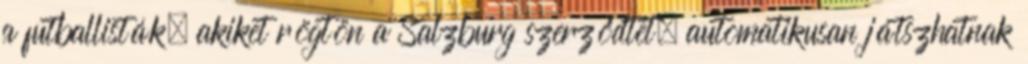
a futballisták, akiket rögtön a Salzburg szerződtet, automatikusan játszhatnak